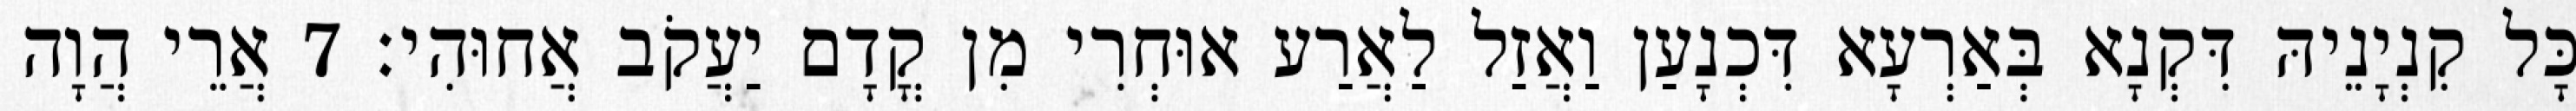
כָּל קִנְיָנֵיהּ דִּקְנָא בְּאַרְעָא דִּכְנָעַן וַאֲזַל לַאֲרַע אוּחְרִי מִן קֳדָם יַעֲקֹב אֲחוּהִי׃ 7 אֲרֵי הֲוָה